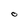
Character: 0